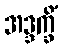
အဒ္ဒက္ခိံ